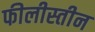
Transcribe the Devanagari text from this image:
फीलीस्तीन